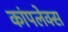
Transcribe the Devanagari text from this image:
कांपलेक्स